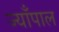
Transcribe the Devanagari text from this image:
ज्याँपाल